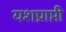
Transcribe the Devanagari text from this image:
यशप्राप्ती